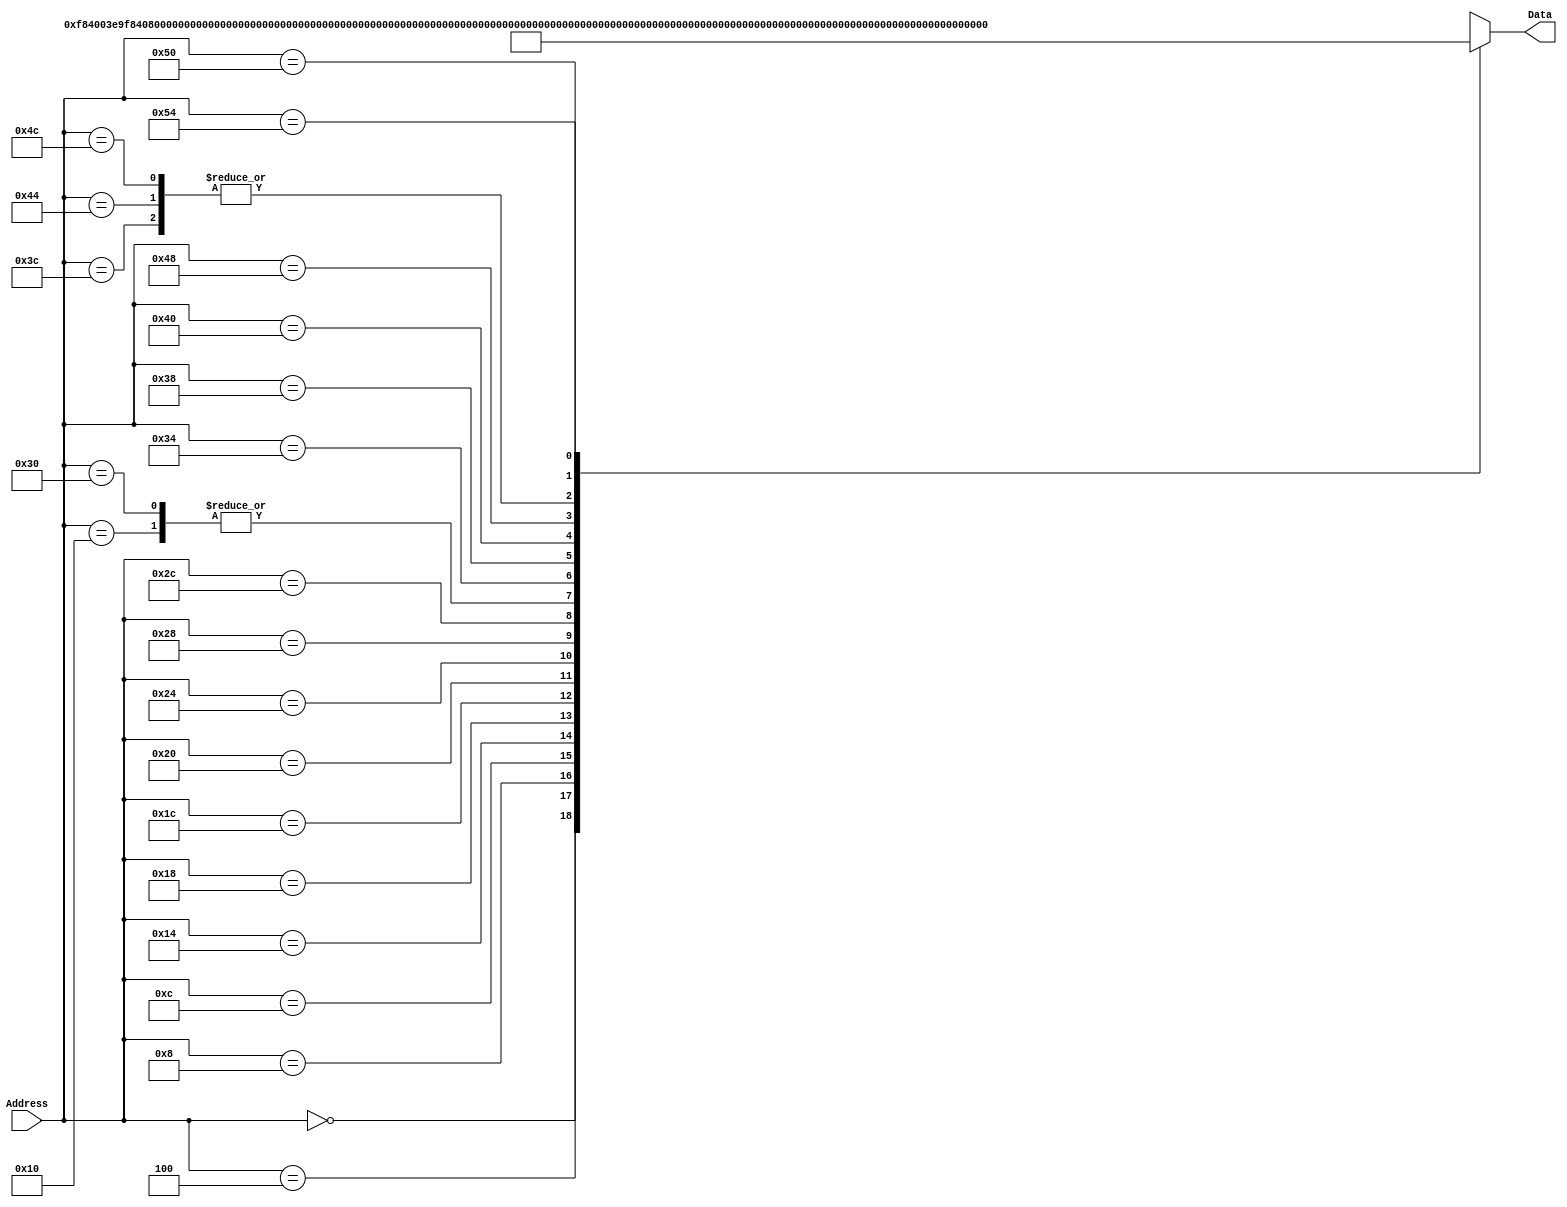
`timescale 1ns / 1ps
/*
 * Module: InstructionMemory
 *
 * Implements read-only instruction memory
 * 
 */
module InstructionMemory(Data, Address);
   parameter T_rd = 20;
   parameter MemSize = 40;
   
   output [31:0] Data;
   input [63:0]  Address;
   reg [31:0] 	 Data;
   
   /*
    * ECEN 350 Processor Test Functions
    * Texas A&M University
    */
   
   always @ (Address) begin

      case(Address)

	/* Test Program 1:
	 * Program loads constants from the data memory. Uses these constants to test
	 * the following instructions: LDUR, ORR, AND, CBZ, ADD, SUB, STUR and B.
	 * 
	 * Assembly code for test:
	 * 
	 * 0: LDUR X9, [XZR, 0x0]    //Load 1 into x9
	 * 4: LDUR X10, [XZR, 0x8]   //Load a into x10
	 * 8: LDUR X11, [XZR, 0x10]  //Load 5 into x11
	 * C: LDUR X12, [XZR, 0x18]  //Load big constant into x12
	 * 10: LDUR X13, [XZR, 0x20]  //load a 0 into X13
	 * 
	 * 14: ORR X10, X10, X11  //Create mask of 0xf
	 * 18: AND X12, X12, X10  //Mask off low order bits of big constant
	 * 
	 * loop:
	 * 1C: CBZ X12, end  //while X12 is not 0
	 * 20: ADD X13, X13, X9  //Increment counter in X13
	 * 24: SUB X12, X12, X9  //Decrement remainder of big constant in X12
	 * 28: B loop  //Repeat till X12 is 0
	 * 2C: STUR X13, [XZR, 0x20]  //store back the counter value into the memory location 0x20
	 */
	

	63'h000: Data = 32'hF84003E9;
	63'h004: Data = 32'hF84083EA;
	63'h008: Data = 32'hF84103EB;
	63'h00c: Data = 32'hF84183EC;
	63'h010: Data = 32'hF84203ED;
	63'h014: Data = 32'hAA0B014A;
	63'h018: Data = 32'h8A0A018C;
	63'h01c: Data = 32'hB400008C;
	63'h020: Data = 32'h8B0901AD;
	63'h024: Data = 32'hCB09018C;
	63'h028: Data = 32'h17FFFFFD;
	63'h02c: Data = 32'hF80203ED;
	63'h030: Data = 32'hF84203ED;  //One last load to place stored value on memdbus for test checking.

	/* Add code for your tests here */
	63'h034: begin $display("Starting new test cases: \n"); Data = 32'hd2e24685;  end //movz first sig part reg5 ->works
	63'h038: Data = 32'hd2cacf04;//movz second sig part reg4 -> works
	63'h03c: Data = 32'h8b050085;  //add reg 5 AND 4 INTO REG 5 -> Fails
	63'h040: Data = 32'hd2b35784; //movz third sig part reg4 -> Works
	63'h044: Data = 32'h8b050085;  //add reg 5 AND 4 INTO REG 5 -> works
	63'h048: Data = 32'hd29bde04; //movz final sig part reg4 -> works
	63'h04c: Data = 32'h8b050085;  //add reg 5 AND 4 INTO REG 5 -> works
	63'h050: Data = 32'hf80283e5;  //sturs reg5 value into addr 0x28
	63'h054: Data = 32'hf84283e5;  // ldurs value from addr 0x28 into reg 10

	default: Data = 32'hXXXXXXXX;
      endcase
   end
endmodule